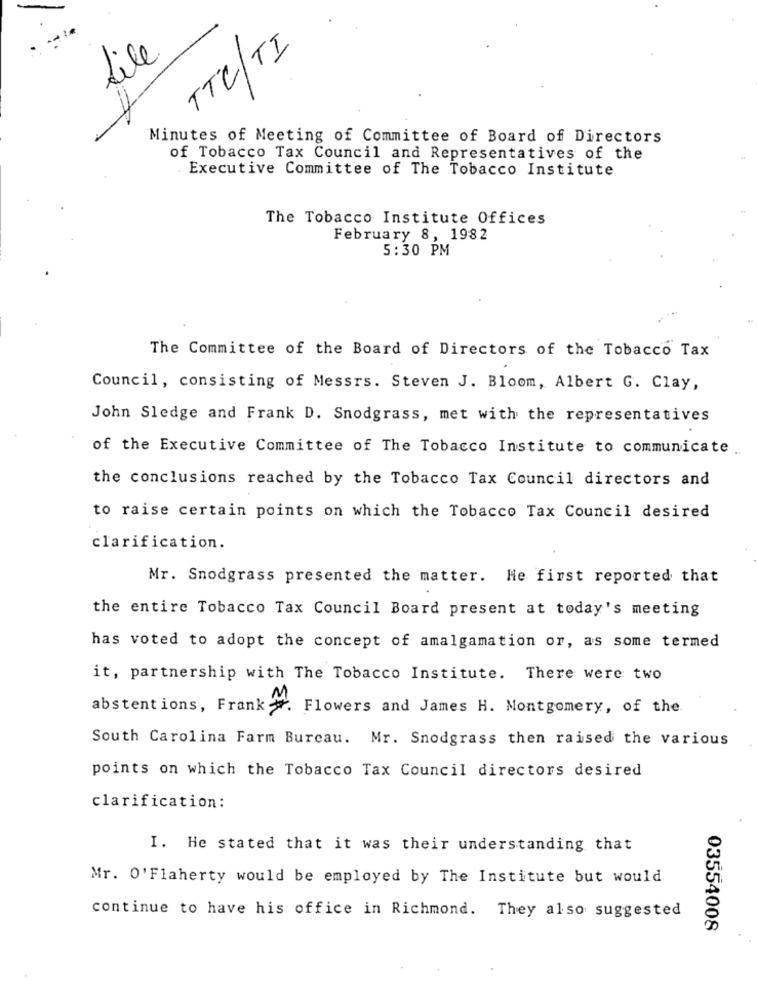
TTC/TI
file
Minutes of Meeting of Committee of Board of Directors
of Tobacco Tax Council and Representatives of the
Executive Committee of The Tobacco Institute
The Tobacco Institute Offices
February 8, 1982
5:30 PM
The Committee of the Board of Directors of the Tobacco Tax
Council, consisting of Messrs. Steven J. Bloom, Albert G. Clay,
John Sledge and Frank D. Snodgrass, met with the representatives
of the Executive Committee of The Tobacco Institute to communicate
the conclusions reached by the Tobacco Tax Council directors and
to raise certain points on which the Tobacco Tax Council desired
clarification.
Mr. Snodgrass presented the matter. He first reported that
the entire Tobacco Tax Council Board present at today's meeting
has voted to adopt the concept of amalgamation or, as some termed
it, partnership with The Tobacco Institute. There were two
abstentions, Frank . Flowers and James H. Montgomery, of the
South Carolina Farm Bureau. Mr. Snodgrass then raised the various
points on which the Tobacco Tax Council directors desired
clarification:
I. He stated that it was their understanding that
Mr. O'Flaherty would be employed by The Institute but would
continue to have his office in Richmond. They also suggested
03554008